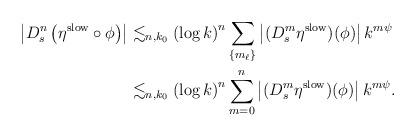
LaTeX: \begin{align*}\left| D^n_s \left( \eta^{\rm slow} \circ \phi \right) \right|& \lesssim_{n,k_{0}} \left( \log k \right)^n\sum_{\left\{ m_{\ell} \right\}} \left| (D^{m}_s \eta^{\rm slow}) (\phi) \right|k^{m\psi}\\& \lesssim_{n,k_{0}} \left( \log k \right)^n\sum_{m=0}^{n} \left| (D^{m}_s \eta^{\rm slow}) (\phi) \right|k^{m\psi}.\end{align*}